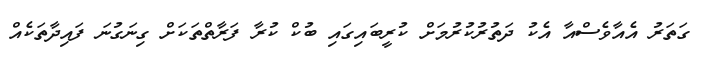
ގަތަރު އެއާވެސްއާ އެކު ދަތުރުކުރުމަށް ކުރީބައިގައި ބުކް ކުރާ ފަރާތްތަކަށް ގިނަގުނަ ފައިދާތަކެއް